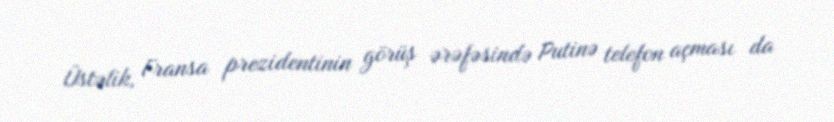
Üstəlik, Fransa prezidentinin görüş ərəfəsində Putinə telefon açması da